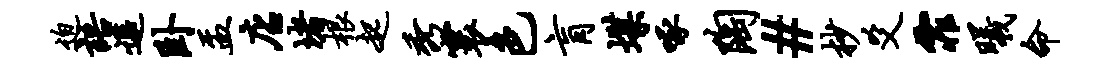
迫语遥卧盂店堵根起秀寰色肓堞啄陶#杪爻霏曦命